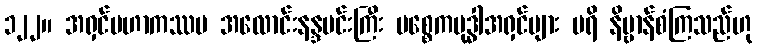
၁၂၂။ အရှင်မဟာကဿပ အလောင်းနန္ဒမင်းကြီး ပစ္စေကဗုဒ္ဓါအရှင်များ ပရိ နိဗ္ဗာန်စံကြသည်ဟု